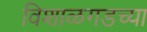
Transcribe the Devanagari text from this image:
विशाळगडच्या